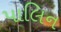
પાલિન